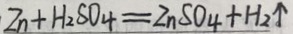
Z n + H _ { 2 } S O _ { 4 } = Z n S O _ { 4 } + H _ { 2 } \uparrow